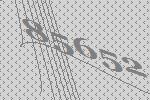
85652